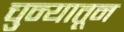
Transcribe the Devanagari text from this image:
चुन्यातून